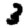
Digit: 3